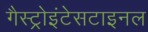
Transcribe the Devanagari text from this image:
गैस्ट्रोइंटेसटाइनल